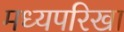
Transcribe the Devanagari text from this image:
मध्यपरिखा